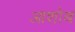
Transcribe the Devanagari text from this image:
आशोब